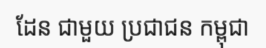
ដែន ជាមួយ ប្រជាជន កម្ពុជា